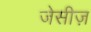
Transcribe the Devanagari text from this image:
जेसीज़